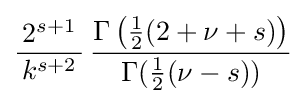
{\frac {2^{s+1}}{\,k^{s+2}\,}}\,{\frac {\Gamma \left({\tfrac {1}{2}}(2+\nu +s)\right)}{\Gamma ({\tfrac {1}{2}}(\nu -s))}}